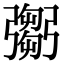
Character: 𢐨